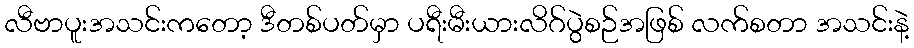
လီဗာပူးအသင်းကတော့ ဒီတစ်ပတ်မှာ ပရီးမီးယားလိဂ်ပွဲစဉ်အဖြစ် လက်စတာ အသင်းနဲ့